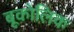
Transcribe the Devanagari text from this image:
बूकोलिक